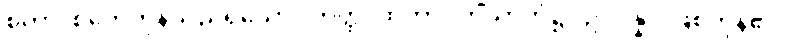
စုတာ၊ စုတေကုန်သည်ရှိသော်။ တတ္ထ၊ ထိုတာဝတိံသာဘုံ၌။ ဥပပန္နာ၊ ဖြစ်ကုန်၏။